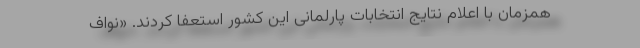
همزمان با اعلام نتایج انتخابات پارلمانی این کشور استعفا کردند. «‌نواف